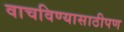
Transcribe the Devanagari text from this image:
वाचविण्यासाठीपण